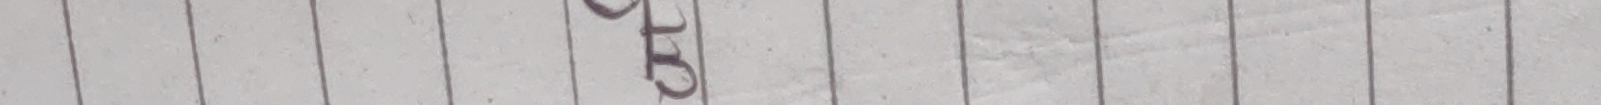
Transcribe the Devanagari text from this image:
ट